Riigikohus_(kohtuotsuste_protokollid), lk 13
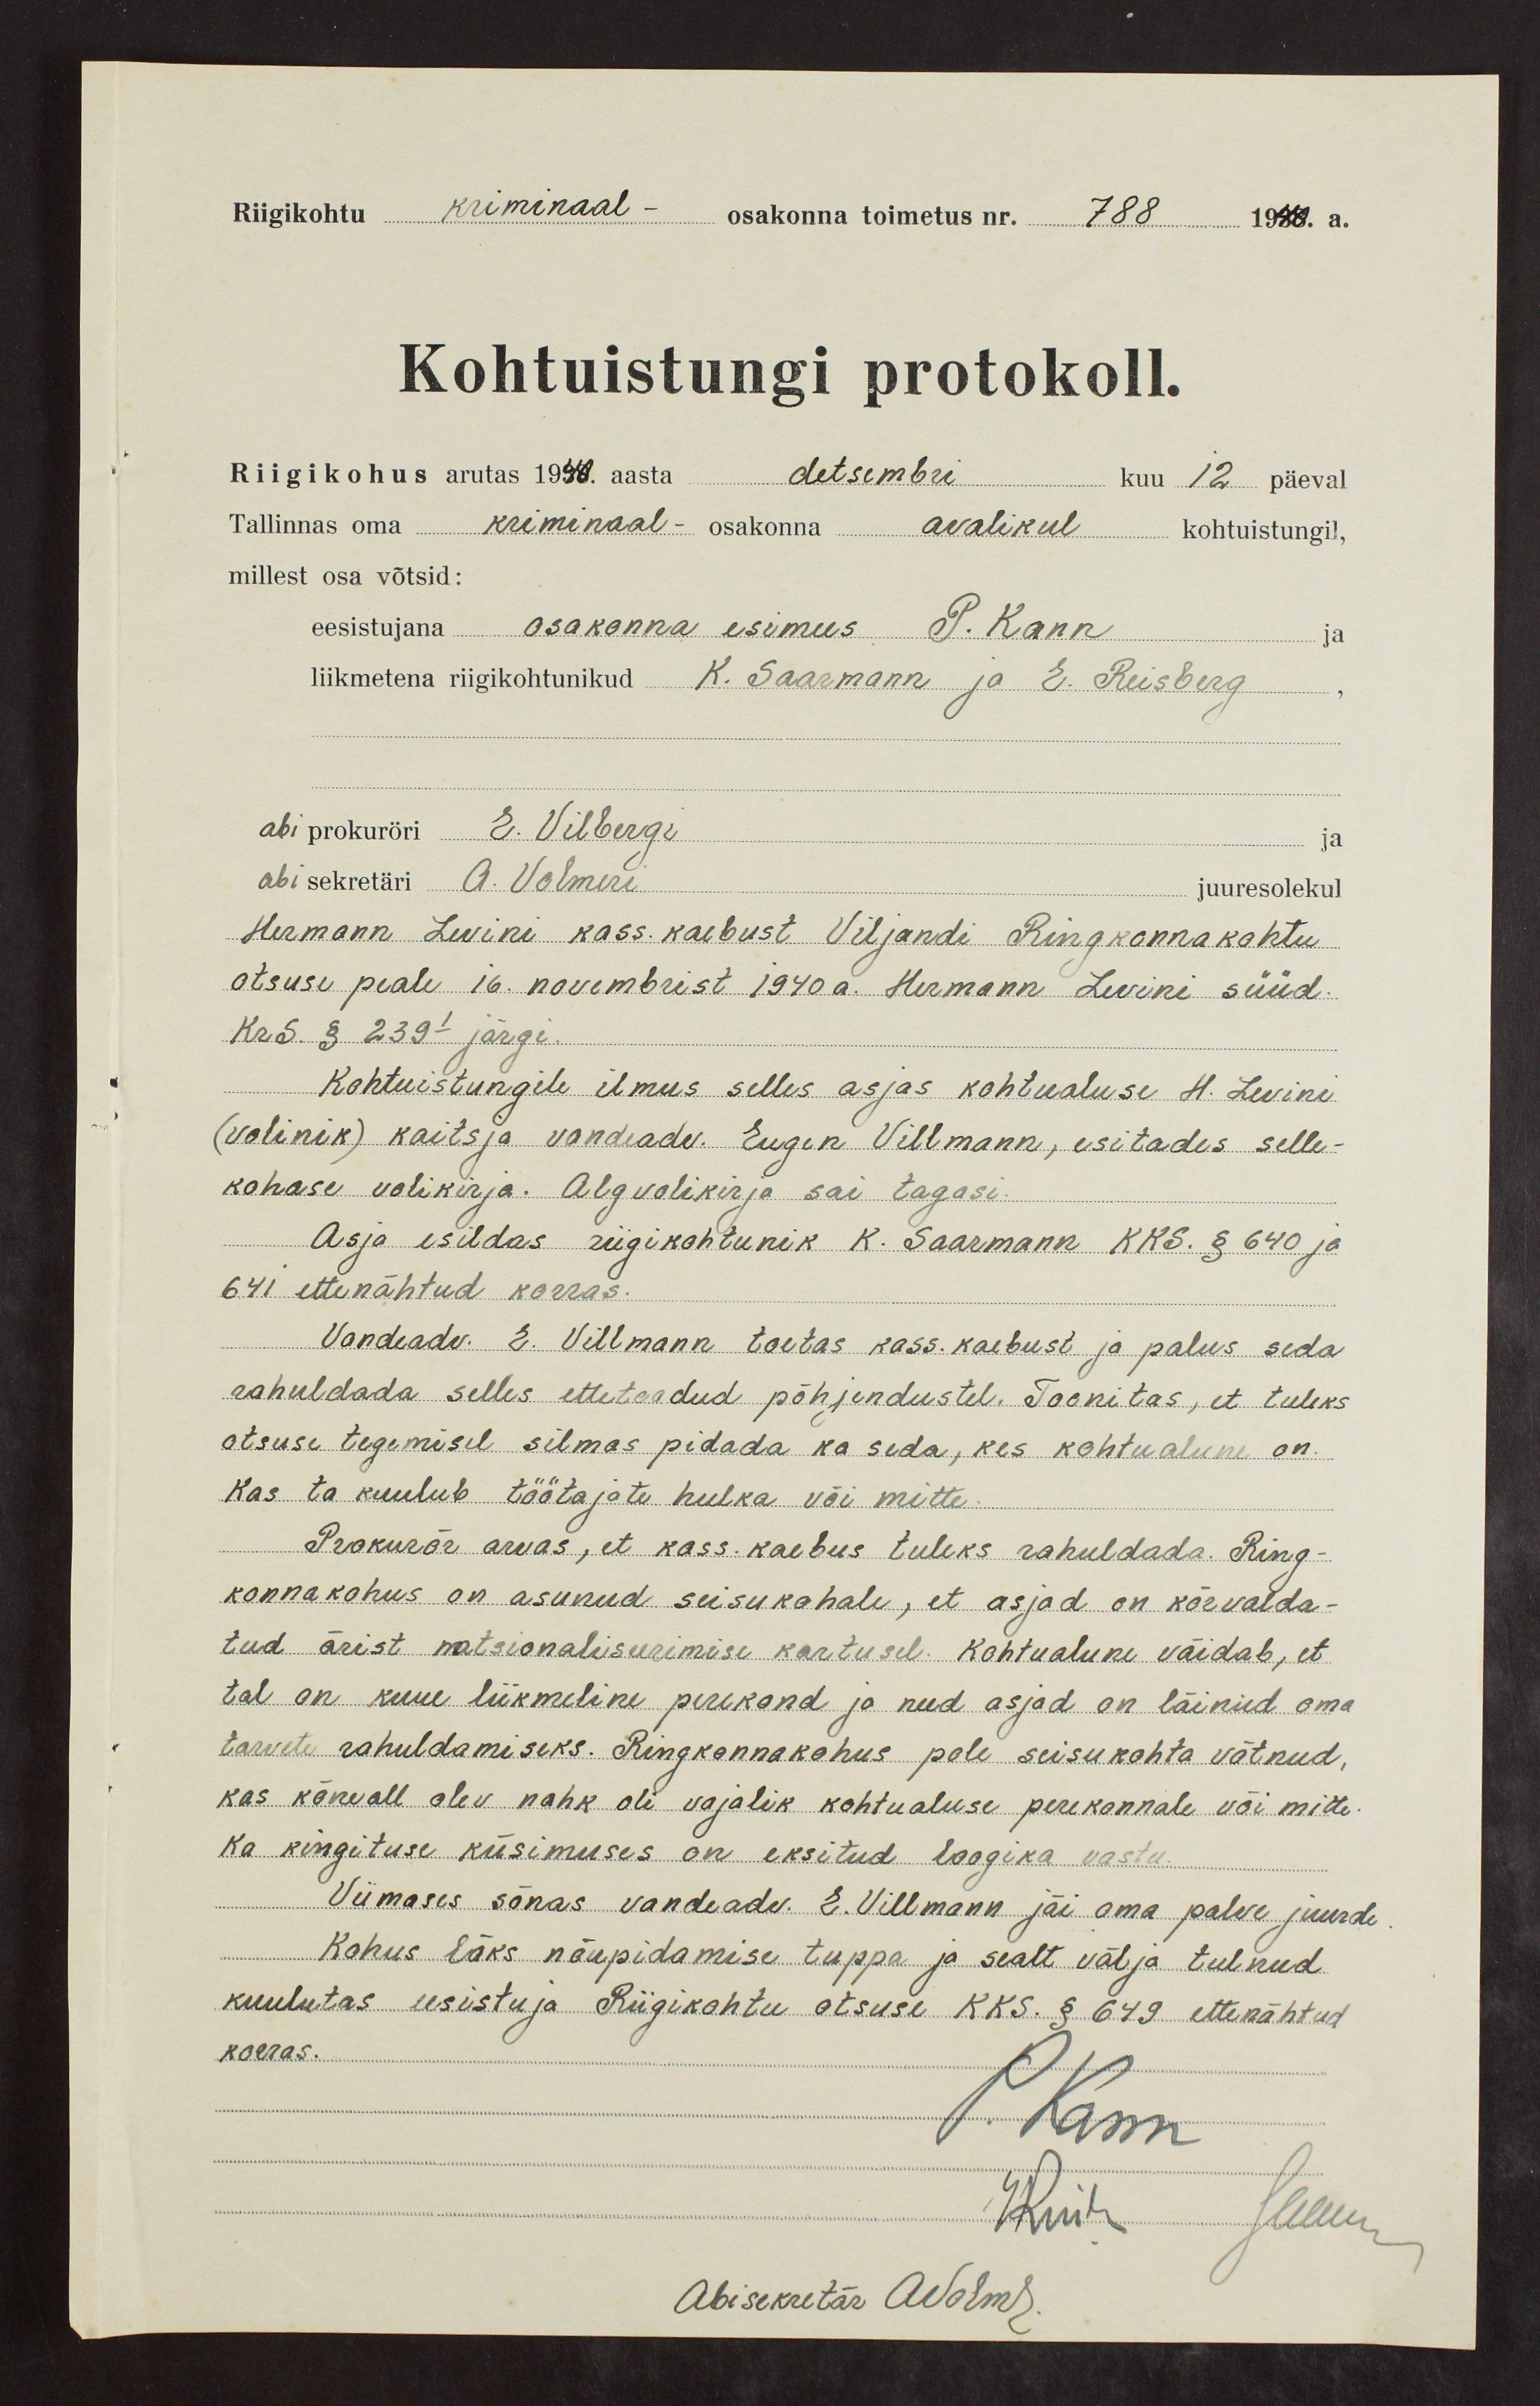
Riigikohtu kriminaal-osakonna toimetus nr. 788
Kohtuistungi protokoll.
Riigikohus arutas 1940. aasta detsembri kuu 12 päeval
Tallinnas oma kriminaal osakonna avalikul kohtuistungil,
millest osa võtsid:
eesistujana osakonna esimees P. Kann
liikmetena riigikohtunikud K. Saarmann ja E. Reisberg
abi prokuröri E. Vilbergi
abisekretäri A. Volmeri
juuresolekul
Hermann Levini kass. kaebust. Viljandi Ringkonnakohtu
otsuse peale 16. novembrist 1940. a. Hermann Levini süüd
Kr S. § 239l järgi.
Kohtuistungile ilmus selles asjas kohtualuse. H. Levini
(volinik) kaitsja vandeadv. Eugen Villmann, esitades selle-
kohase volikirja. Algvolikirja sai tagasi.
Asja esildas riigikohtunik K. Saarmann KKS. § 640 ja
641 ettenähtud korras.
Vandeadv. E. Villmann toetas kass. kaebust ja palus seda
rahuldada selles ettetoodud põhjendustel. Toonitas, et tuleks
otsuse tegemisel silmas pidada ka seda, kes kohtualune on
Kas ta kuulub töötajate hulka või mitte.
Prokurör arvas, et kass. kaebus tuleks rahuldada. Ring-
konnakohus on asunud seisukohale, et asjad on kõrvalda-
tud ärist natsionaliseerimise kartusel. Kohtualune väidab, et
tal on kuue liikmeline perekond ja need asjad on läinud oma
tarvete rahuldamiseks. Ringkonnakohus pole seisukohta võtnud,
kas kõneall olev nahk oli vajalik kohtualuse perekonnale või mitte
Ka kingituse küsimuses on eksitud loogika vastu
Viimases sõnas vandeadv. E. Villmann jäi oma palve juurde
Kohus läks nõupidamise tuppa ja sealt välja tulnud
kuulutas eesistuja Riigikohtu otsuse KKS. § 649 ettenähtud
korras.